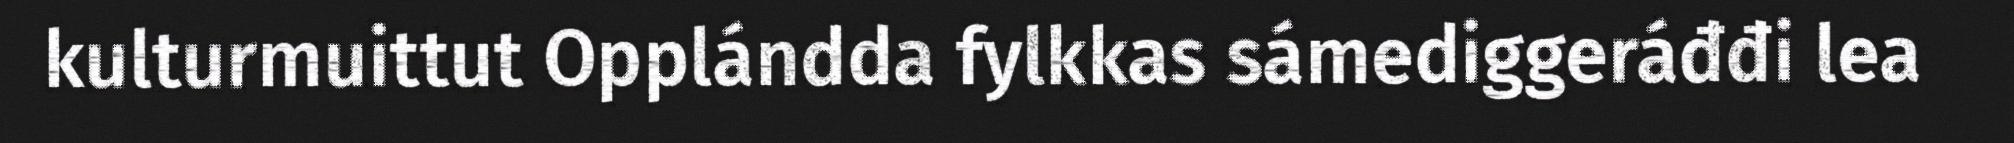
kulturmuittut Opplándda fylkkas sámediggeráđđi lea